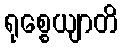
ရုစ္စေယျာတိ